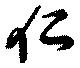
仁